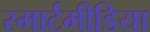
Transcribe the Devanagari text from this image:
स्मार्टमीडिया